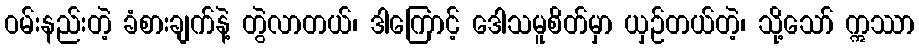
ဝမ်းနည်းတဲ့ ခံစားချက်နဲ့ တွဲလာတယ်၊ ဒါကြောင့် ဒေါသမူစိတ်မှာ ယှဉ်တယ်တဲ့၊ သို့သော် ဣဿာ